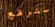
سترفع